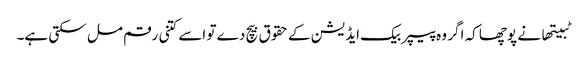
ٹبیتھا نے پوچھا کہ اگر وہ پیپر بیک ایڈیشن کے حقوق بیچ دے تو اسے کتنی رقم مل سکتی ہے۔